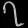
Digit: ၇